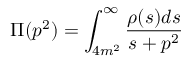
\Pi ( p ^ { 2 } ) = \int _ { 4 m ^ { 2 } } ^ { \infty } \frac { \rho ( s ) d s } { s + p ^ { 2 } }